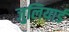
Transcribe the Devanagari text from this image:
जुलियार्ड